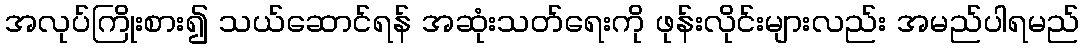
အလုပ်ကြိုးစား၍ သယ်ဆောင်ရန် အဆုံးသတ်ရေးကို ဖုန်းလိုင်းများလည်း အမည်ပါရမည်